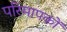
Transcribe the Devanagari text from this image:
परिमापकों